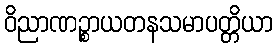
ဝိညာဏဉ္စာယတနသမာပတ္တိယာ